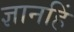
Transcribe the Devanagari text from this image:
ज्ञानहिं